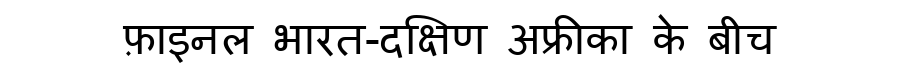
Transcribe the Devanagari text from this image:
फ़ाइनल भारत-दक्षिण अफ्रीका के बीच